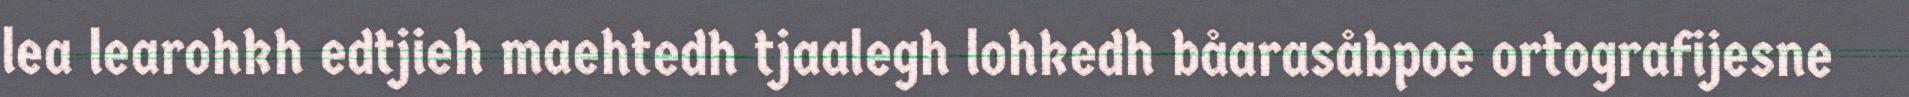
lea learohkh edtjieh maehtedh tjaalegh lohkedh båarasåbpoe ortografijesne